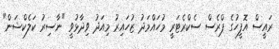
ރައީސް އޮފީހުގެ ޕްރެސް ސެކްރެޓަރީ މުހައްމަދު ޒުހައިރު މިއަދު ވިދާޅުވީ "ނާސިރު ކަލެކްޝަން"